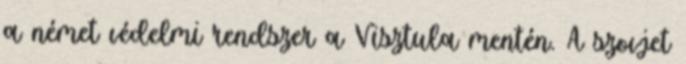
a német védelmi rendszer a Visztula mentén. A szovjet